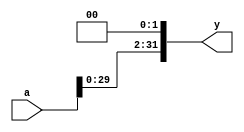
`timescale 1ns / 1ps
//////////////////////////////////////////////////////////////////////////////////
// Company: 
// Engineer: 
// 
// Design Name: 
// Module Name: sl2
// Project Name: 
// Target Devices: 
// Tool Versions: 
// Description: 
// 
// Dependencies: 
// 
// Revision:
// Revision 0.01 - File Created
// Additional Comments:
// 
//////////////////////////////////////////////////////////////////////////////////


module sl2(input [31:0] a,
           output [31:0] y);
    assign y = {a[29:0], 2'b00};
endmodule